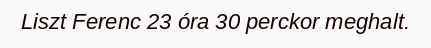
Liszt Ferenc 23 óra 30 perckor meghalt.